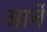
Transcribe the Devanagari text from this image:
आर्ने